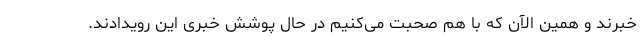
خبرند و همین الآن که با هم صحبت می‌کنیم در حال پوشش خبری این رویدادند.